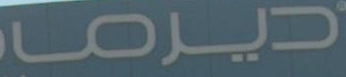
ديرما